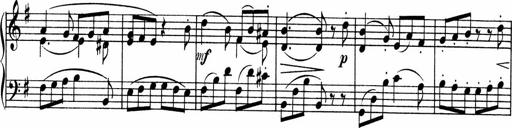
Title: 3 Sonatinen fÃ¼r Pianoforte
Composer: Fritz von Bose